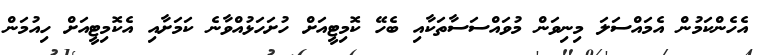
އެހެންކަމުން އެމައްސަލަ މިނިވަން މުވައްސަސާތަކާއި ބެހޭ ކޮމިޓީއަށް ހުށަހަޅުއްވާނެ ކަމަށާއި އެކޮމިޓީއަށް ހިއުމަން